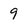
Character: 9